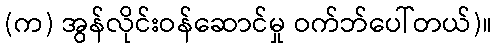
(က) အွန်လိုင်းဝန်ဆောင်မှု ဝက်ဘ်ပေါ်တယ်)။